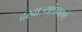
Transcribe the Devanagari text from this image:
दरवाज्यांप्रमाणे